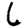
Digit: 6